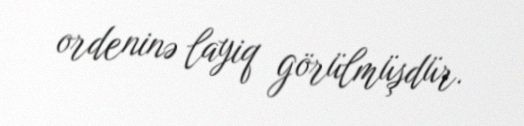
ordeninə layiq görülmüşdür.